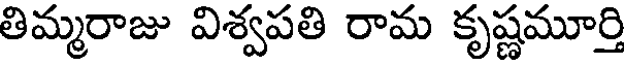
తిమ్మరాజు విశ్వపతి రామ కృష్ణమూర్తి